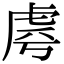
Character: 𧆪